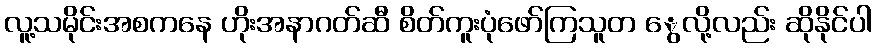
လူ့သမိုင်းအစကနေ ဟိုးအနာဂတ်ဆီ စိတ်ကူးပုံဖော်ကြသူတ ွေလို့လည်း ဆိုနိုင်ပါ